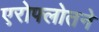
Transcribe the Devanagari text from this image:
एरोफ्लोतने